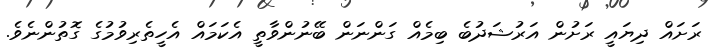
ރަށައް ދިޔައީ ރަށުން އަރުޝަދުބެ ބިމެއް ގަންނަން ބޭނުންވާތީ އެކަމައް އެހީތެރިވުމުގެ ގޮތުންނެވެ.